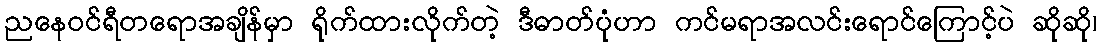
ညနေဝင်ရီတရောအချိန်မှာ ရိုက်ထားလိုက်တဲ့ ဒီဓာတ်ပုံဟာ ကင်မရာအလင်းရောင်ကြောင့်ပဲ ဆိုဆို၊